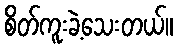
စိတ်ကူးခဲ့သေးတယ်။